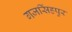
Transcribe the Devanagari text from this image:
गजसिंहपुर